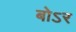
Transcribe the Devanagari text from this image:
बोऽर